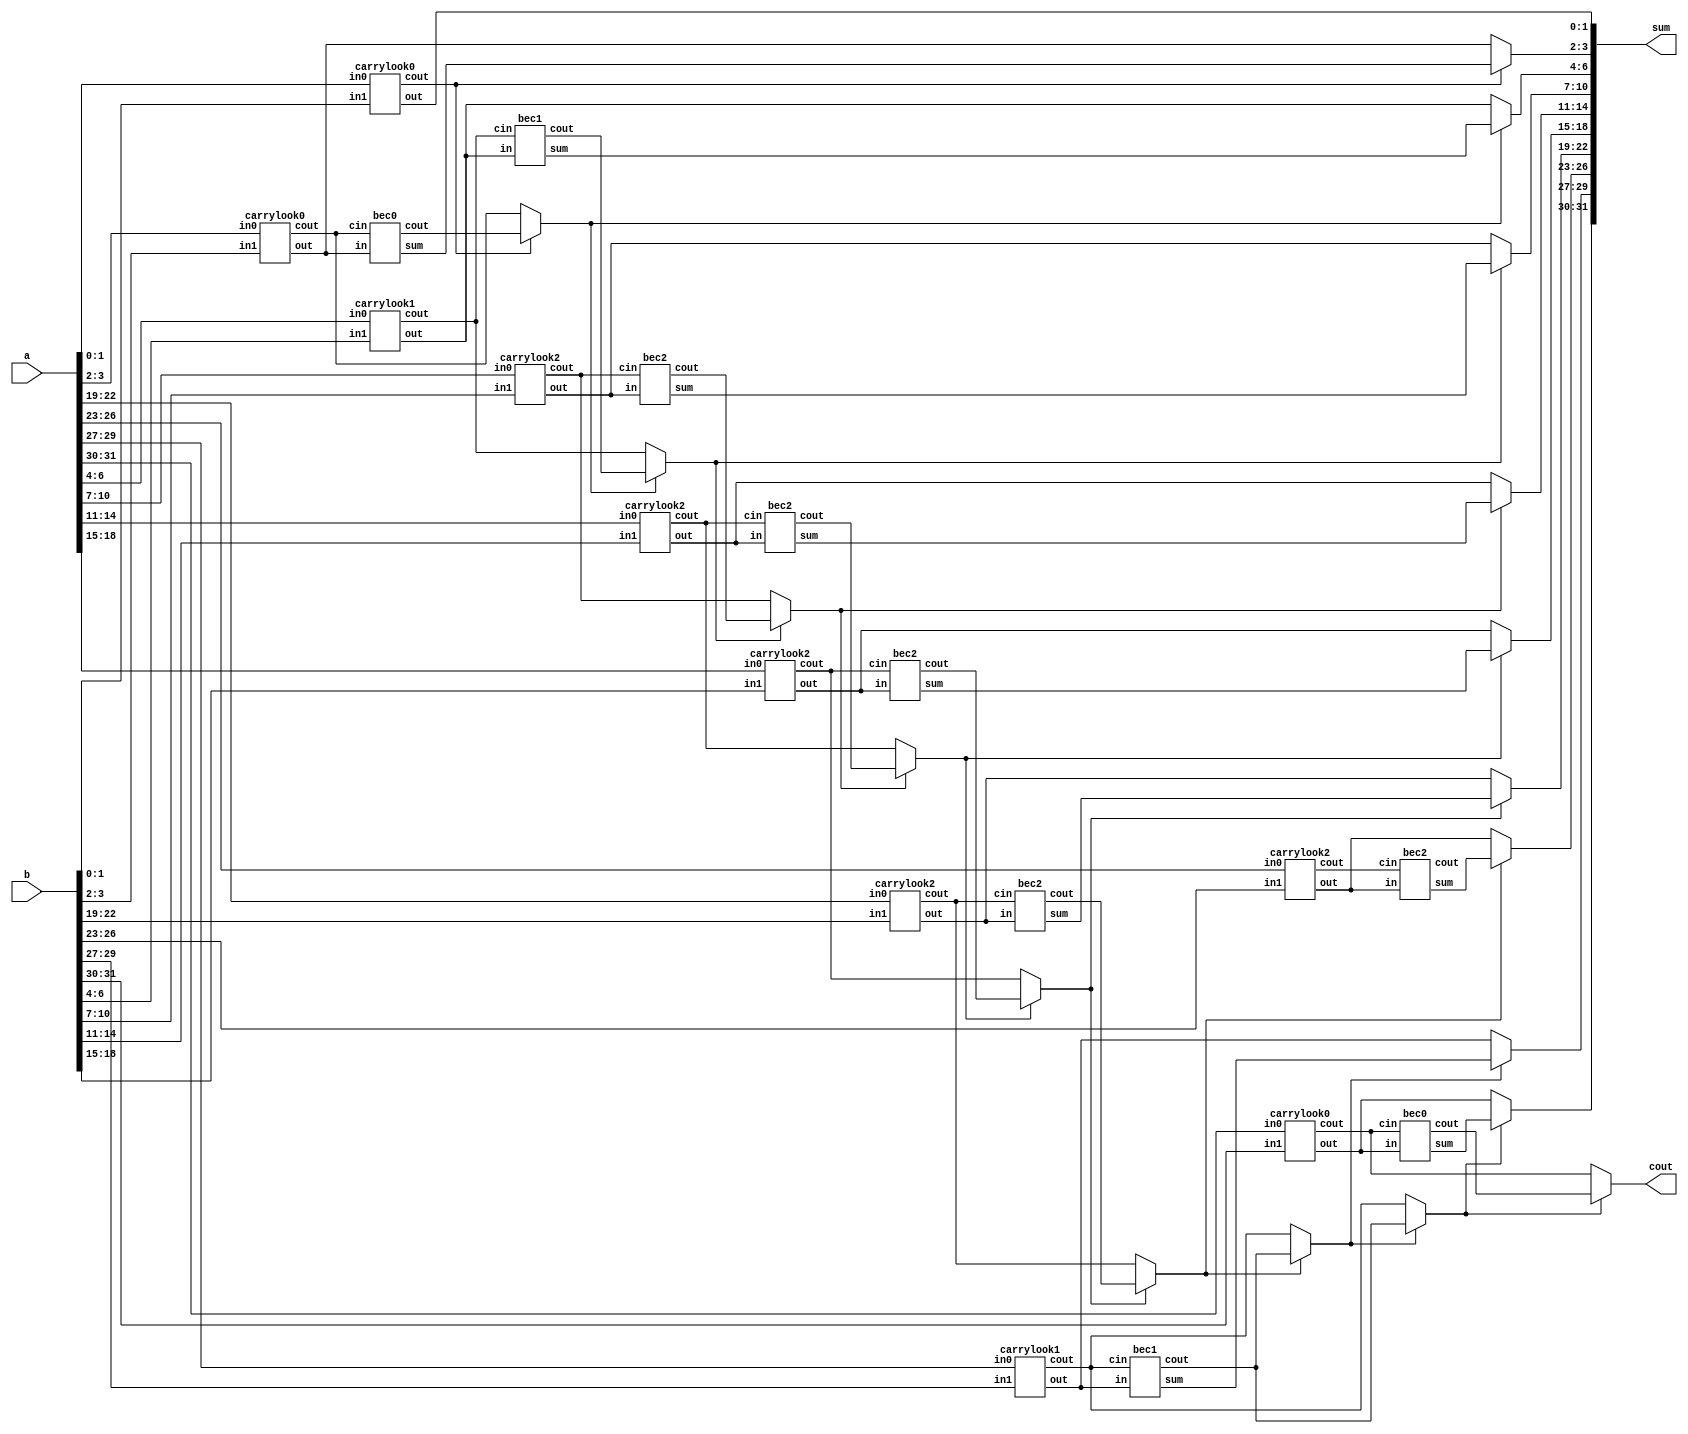

module bitmodifiedcarrylook(a,b,sum,cout);
    input [31:0]a;
    input [31:0]b;
    output [31:0]sum;
    output cout;
    wire [9:0]c1;
	wire [9:0]c0;
	wire cin;
	wire [8:0]c;
	wire [31:0]sum0;
	wire [31:0]sum1;
    carrylook0 ra0(a[1:0],b[1:0],sum[1:0],cin);
    carrylook0 ra1(a[3:2],b[3:2],sum0[3:2],c0[0]);
    bec0 ra2(sum0[3:2],c0[0],sum1[3:2],c1[0]);
    assign sum[3:2] = cin?sum1[3:2]:sum0[3:2];
    assign c[0] = cin?c1[0]:c0[0];
    carrylook1 ra3(a[6:4],b[6:4],sum0[6:4],c0[1]);
    bec1 ra4(sum0[6:4],c0[1],sum1[6:4],c1[1]);
    assign sum[6:4] = c[0]?sum1[6:4]:sum0[6:4];
    assign c[1] = c[0]?c1[1]:c0[1];
    carrylook2 ra5(a[10:7],b[10:7],sum0[10:7],c0[2]);
    bec2 ra6(sum0[10:7],c0[2],sum1[10:7],c1[2]);
    assign sum[10:7] = c[1]?sum1[10:7]:sum0[10:7];
    assign c[2] = c[1]?c1[2]:c0[2];
    carrylook2 ra7(a[14:11],b[14:11],sum0[14:11],c0[3]);
    bec2 ra8(sum0[14:11],c0[3],sum1[14:11],c1[3]);
    assign sum[14:11] = c[2]?sum1[14:11]:sum0[14:11];
    assign c[3] = c[2]?c1[3]:c0[3];
    carrylook2 ra9(a[18:15],b[18:15],sum0[18:15],c0[4]);
    bec2 ra10(sum0[18:15],c0[4],sum1[18:15],c1[4]);
    assign sum[18:15] = c[3]?sum1[18:15]:sum0[18:15];
    assign c[4] = c[3]?c1[4]:c0[4];
    carrylook2 ra13(a[22:19],b[22:19],sum0[22:19],c0[5]);
    bec2 ra14(sum0[22:19],c0[5],sum1[22:19],c1[5]);
    assign sum[22:19] = c[4]?sum1[22:19]:sum0[22:19];
    assign c[5] = c[4]?c1[5]:c0[5];
    carrylook2 ra17(a[26:23],b[26:23],sum0[26:23],c0[6]);
    bec2 ra18(sum0[26:23],c0[6],sum1[26:23],c1[6]);
    assign sum[26:23] = c[5]?sum1[26:23]:sum0[26:23];
    assign c[6] = c[5]?c1[7]:c0[7];
    carrylook1 ra19(a[29:27],b[29:27],sum0[29:27],c0[7]);
    bec1 ra20(sum0[29:27],c0[7],sum1[29:27],c1[7]);
    assign sum[29:27] = c[6]?sum1[29:27]:sum0[29:27];
    assign c[7] = c[6]?c1[7]:c0[7];
    carrylook0 ra21(a[31:30],b[31:30],sum0[31:30],c0[8]);
    bec0 ra22(sum0[31:30],c0[8],sum1[31:30],c1[8]);
    assign sum[31:30] = c[7]?sum1[31:30]:sum0[31:30];
    assign cout = c[7]?c1[8]:c0[8];
endmodule

    

module bec2(in,cin,sum,cout);
    input [3:0]in;
    input cin;
    output [3:0]sum;
    output cout;
    wire [4:0]in1;
    assign in1 ={cin,in[3:0]};
    assign sum[0] = ~in1[0];
    assign sum[1] = in1[0]^in1[1];
    assign sum[2] = in1[2]^(in1[0]&in1[1]);
    assign sum[3] = in1[3]^(in1[0]&in1[1]&in1[2]);
    assign cout = in1[4]^(in1[0]&in1[1]&in1[2]&in1[3]);
endmodule


module carrylook2(in0, in1, out, cout);
	input [3:0] in0;
	input [3:0] in1;
	output [3:0] out;
	output cout;
    wire [3:0]G;
    wire [3:0]P;
    wire [3:0]C;
    assign G = in0 & in1; //Generate
    assign P = in0 ^ in1; //Propagate
    assign C[0] = 1'b0;
    assign C[1] = G[0] | (P[0] & C[0]);
    assign C[2] = G[1] | (P[1] & G[0]) | (P[1] & P[0] & C[0]);
    assign C[3] = G[2] | (P[2] & G[1]) | (P[2] & P[1] & G[0]) | (P[2] & P[1] & P[0] & C[0]);
    assign cout = G[3] | (P[3] & G[2]) | (P[3] & P[2] & G[1]) | (P[3] & P[2] & P[1] & G[0]) |(P[3] & P[2] & P[1] & P[0] & C[0]);
    assign out = P ^ C;
endmodule

module bec1(in,cin,sum,cout);
    input [2:0]in;
    input cin;
    output [2:0]sum;
    output cout;
    wire [3:0]in1;
    assign in1 ={cin,in[2:0]};
    assign sum[0] = ~in1[0];
    assign sum[1] = in1[0]^in1[1];
    assign sum[2] = in1[2]^(in1[0]&in1[1]);
    assign cout = in1[3]^(in1[0]&in1[1]&in1[2]);
endmodule


module carrylook1(in0, in1, out, cout);
	input [2:0] in0;
	input [2:0] in1;
	output [2:0] out;
	output cout;
    wire [2:0]G;
    wire [2:0]P;
    wire [2:0]C;
    assign G = in0 & in1; //Generate
    assign P = in0 ^ in1; //Propagate
    assign C[0] = 1'b0;
    assign C[1] = G[0] | (P[0] & C[0]);
    assign C[2] = G[1] | (P[1] & G[0]) | (P[1] & P[0] & C[0]);
    assign cout = G[2] | (P[2] & G[1]) | (P[2] & P[1] & G[0]) | (P[2] & P[1] & P[0] & C[0]);
    assign out = P ^ C;
endmodule

module bec0(in,cin,sum,cout);
    input [1:0]in;
    input cin;
    output [1:0]sum;
    output cout;
    wire [2:0]in1;
    assign in1 ={cin,in[1:0]};
    assign sum[0] = ~in1[0];
    assign sum[1] = in1[0]^in1[1];
    assign cout = in1[2]^(in1[0]&in1[1]);
endmodule

module carrylook0(in0, in1, out, cout);
	input [1:0] in0;
	input [1:0] in1;
	output [1:0] out;
	output cout;
    wire [1:0]G;
    wire [1:0]P;
    wire [1:0]C;
    assign G = in0 & in1; //Generate
    assign P = in0 ^ in1; //Propagate
    assign C[0] = 1'b0;
    assign C[1] = G[0] | (P[0] & C[0]);
    assign cout = G[1] | (P[1] & G[0]) | (P[1] & P[0] & C[0]);
    assign out = P ^ C;
endmodule